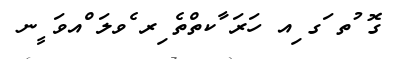
ގޮ ުތ ަގ ިއ ހަރަ ާކތްތެ ިރ ެވލަ ްއވަ ީނ